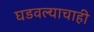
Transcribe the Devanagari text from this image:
घडवल्याचाही